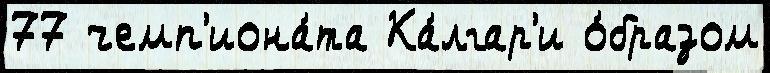
77 чемп'иона́та Ка́лгар'и о́бразом